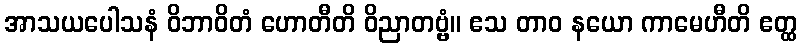
အာသယပေါသနံ ဝိဘာဝိတံ ဟောတီတိ ဝိညာတဗ္ဗံ။ ဧသ တာဝ နယော ကာမေဟီတိ ဧတ္ထ